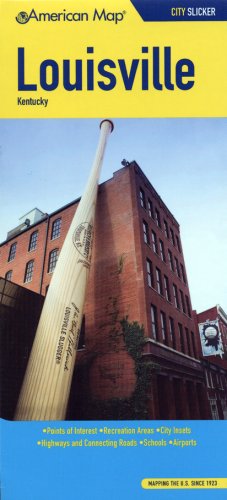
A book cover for American Map Louisville, Kentucky City Slicker; Travel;